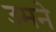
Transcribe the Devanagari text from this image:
उमने